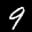
Label: 9